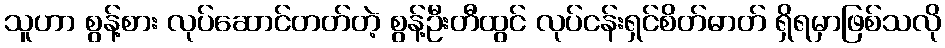
သူဟာ စွန့်စား လုပ်ဆောင်တတ်တဲ့ စွန့်ဦးတီထွင် လုပ်ငန်းရှင်စိတ်ဓာတ် ရှိရမှာဖြစ်သလို